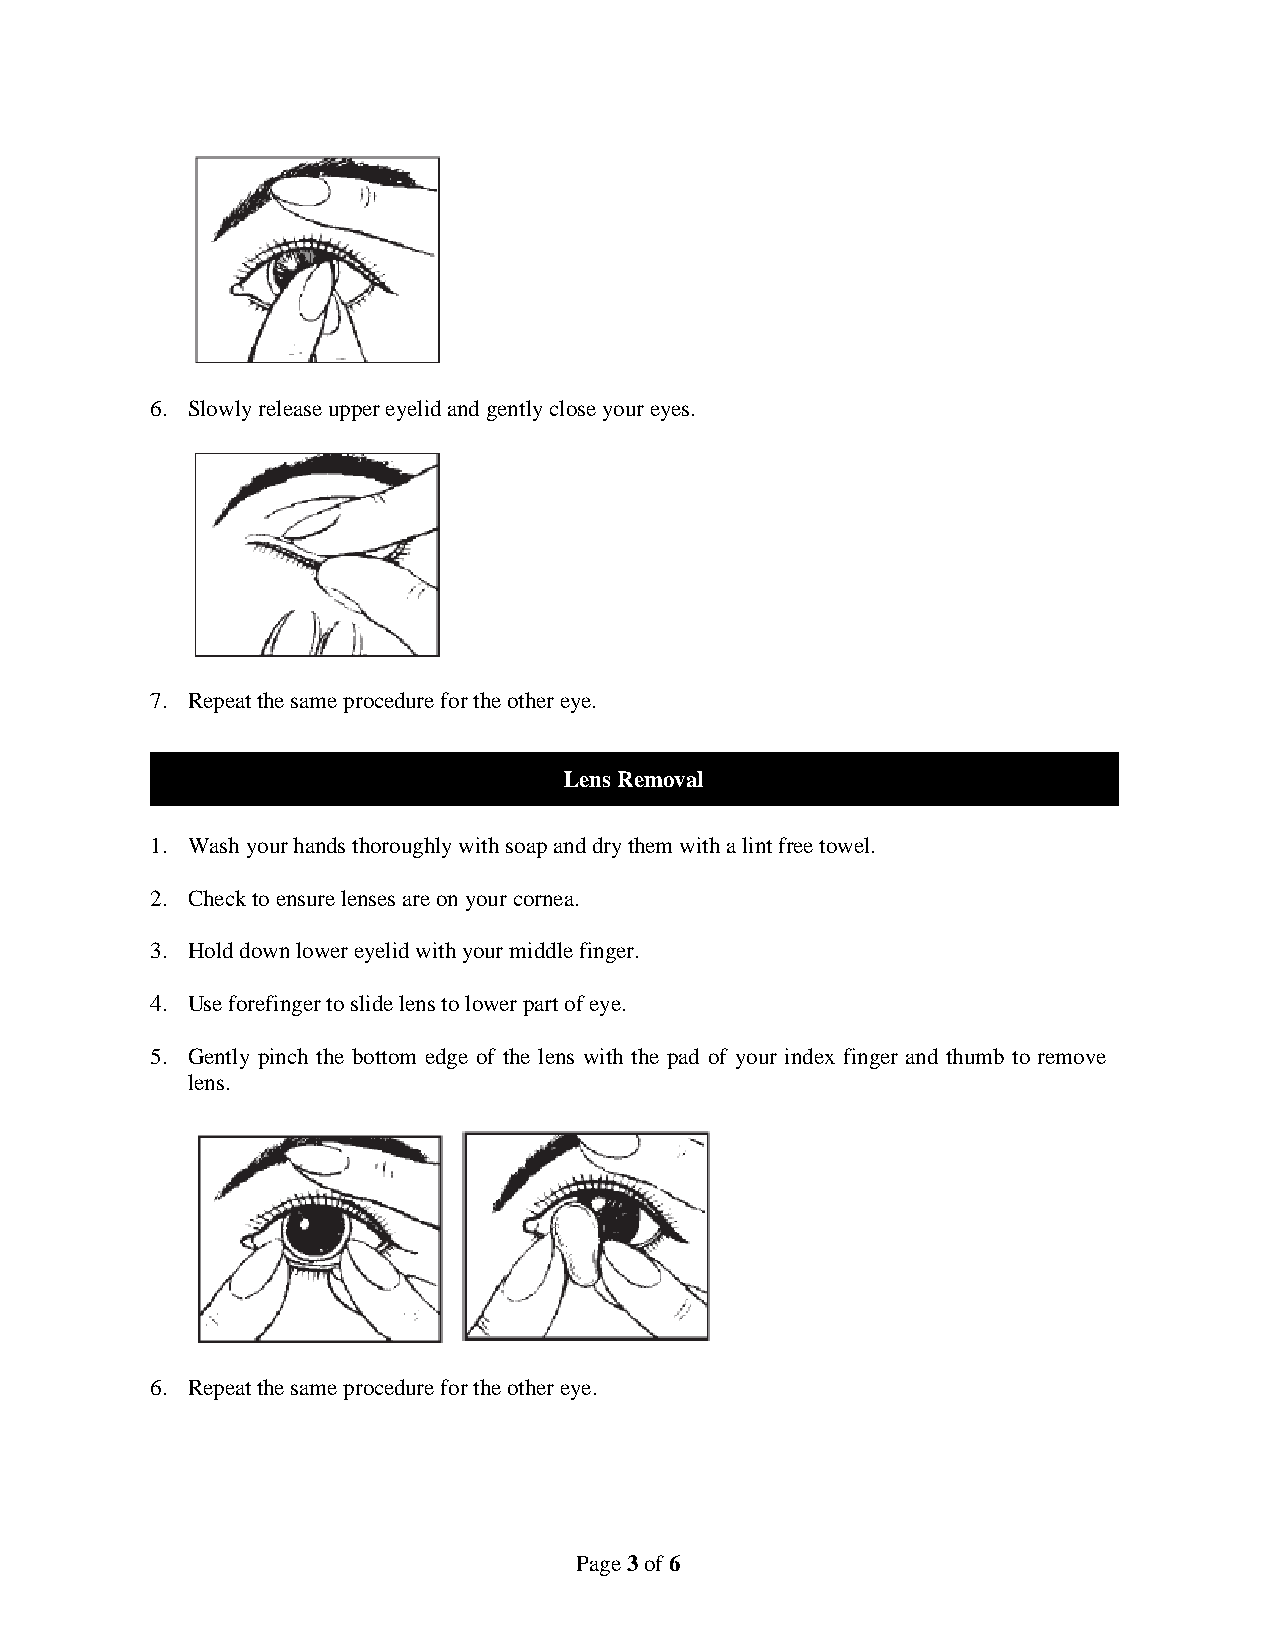
6. Slowly release upper eyelid and gently close your eyes.
 7. Repeat the same procedure for the other eye.
 Lens Removal
 1. Wash your hands thoroughly with soap and dry them with a lint free towel.
 2. Check to ensure lenses are on your cornea.
 3. Hold down lower eyelid with your middle finger.
 4. Use forefinger to slide lens to lower part of eye.
 5. Gently pinch the bottom edge of the lens with the pad of your index finger and thumb to remove
 lens.
 6. Repeat the same procedure for the other eye.
 Page 3 of 6